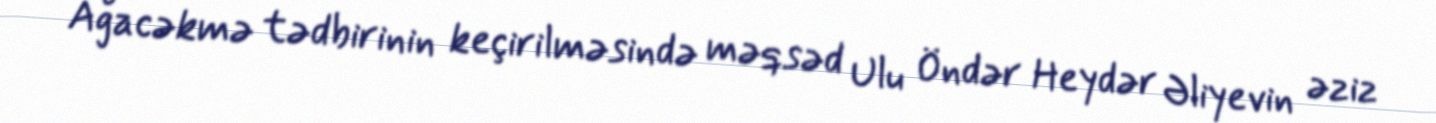
Ağacəkmə tədbirinin keçirilməsində məqsəd Ulu Öndər Heydər Əliyevin əziz